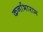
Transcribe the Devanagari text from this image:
कर्नाभाराम